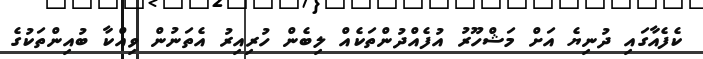
ކެފެއާގައި ދުނިޔެ އަށް މަޝްހޫރު އުފެއްދުންތަކެއް ލިބެން ހުރިއިރު އެތަނުން ވިއްކާ ބުއިންތަކުގެ